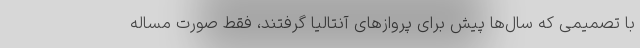
با تصمیمی که سال‌ها پیش برای پروازهای آنتالیا گرفتند، فقط صورت مساله